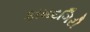
કામદગિરી